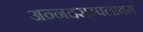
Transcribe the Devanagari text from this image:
अन्नदसम्पलायम